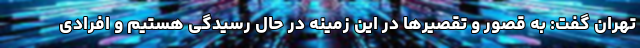
تهران گفت: به قصور و تقصیرها در این زمینه در حال رسیدگی هستیم و افرادی